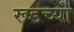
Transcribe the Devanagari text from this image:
रूडच्या